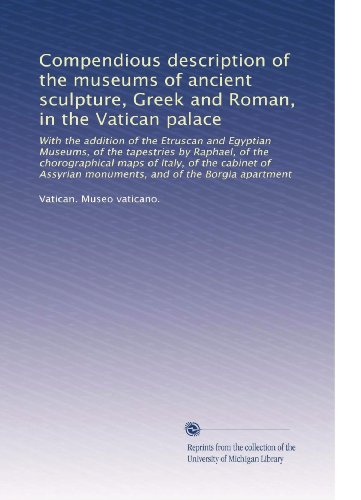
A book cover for Compendious description of the museums of ancient sculpture, Greek and Roman, in the Vatican palace: With the addition of the Etruscan and Egyptian ... and of the Borgia apartment (Italian Edition); Vatican. Museo vaticano.; Travel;